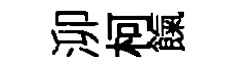
泖柯餼